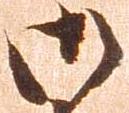
御